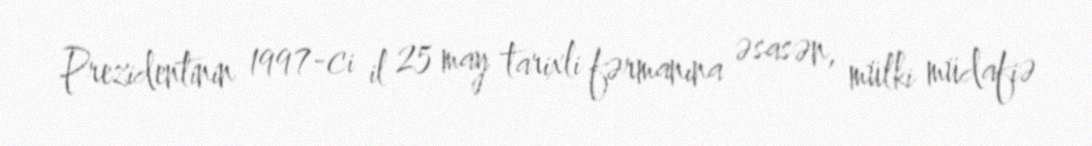
Prezidentinin 1997-ci il 25 may tarixli fərmanına əsasən, mülki müdafiə